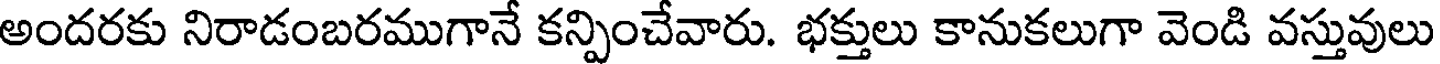
అందరకు నిరాడంబరముగానే కన్పించేవారు. భక్తులు కానుకలుగా వెండి వస్తువులు